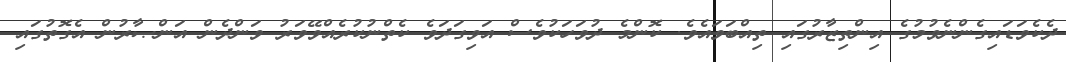
ދެކެވަޑައިގެންނެވުމުގެ އިންތިޒާރުގައި ތިއްބަވައެވެ. ކޮންމެ ދުވަހަކުވެސް އަވިގަދަވެ ކެތްނުކުރެއްވޭވަރު ވަންދެން އަންޞާރުން އެގޮތުގައި